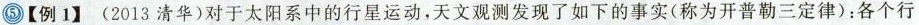
5【例1】( 2013 清华) 对于太阳系中的行星运动，天文观测发现了如下的事实(称为开普勒三定律)：各个行